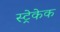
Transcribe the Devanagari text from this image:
स्ट्रेकेक